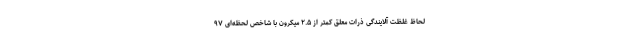
لحاظ غلظت آلایندگی ذرات معلق کمتر از ۲.۵ میکرون با شاخص لحظه‌ای ۹۷